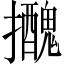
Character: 𢹧